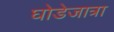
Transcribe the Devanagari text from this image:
घोडेजात्रा